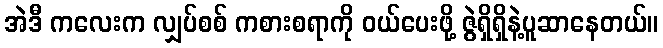
အဲဒီ ကလေးက လျှပ်စစ် ကစားစရာကို ဝယ်ပေးဖို့ ဇွဲရှိရှိနဲ့ပူဆာနေတယ်။